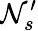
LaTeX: \mathcal{N}_{s}^{\prime}